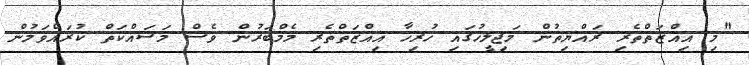
"މި އިއްޒަތްތެރި ރައްޔިތުން މަޖިލީހުގައި ހުރިހާ އިއްޒަތްތެރި މެމްބަރުން ވެސް މަސައްކަތް ކުރައްވަމުން